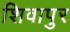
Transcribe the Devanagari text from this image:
शिवापुर